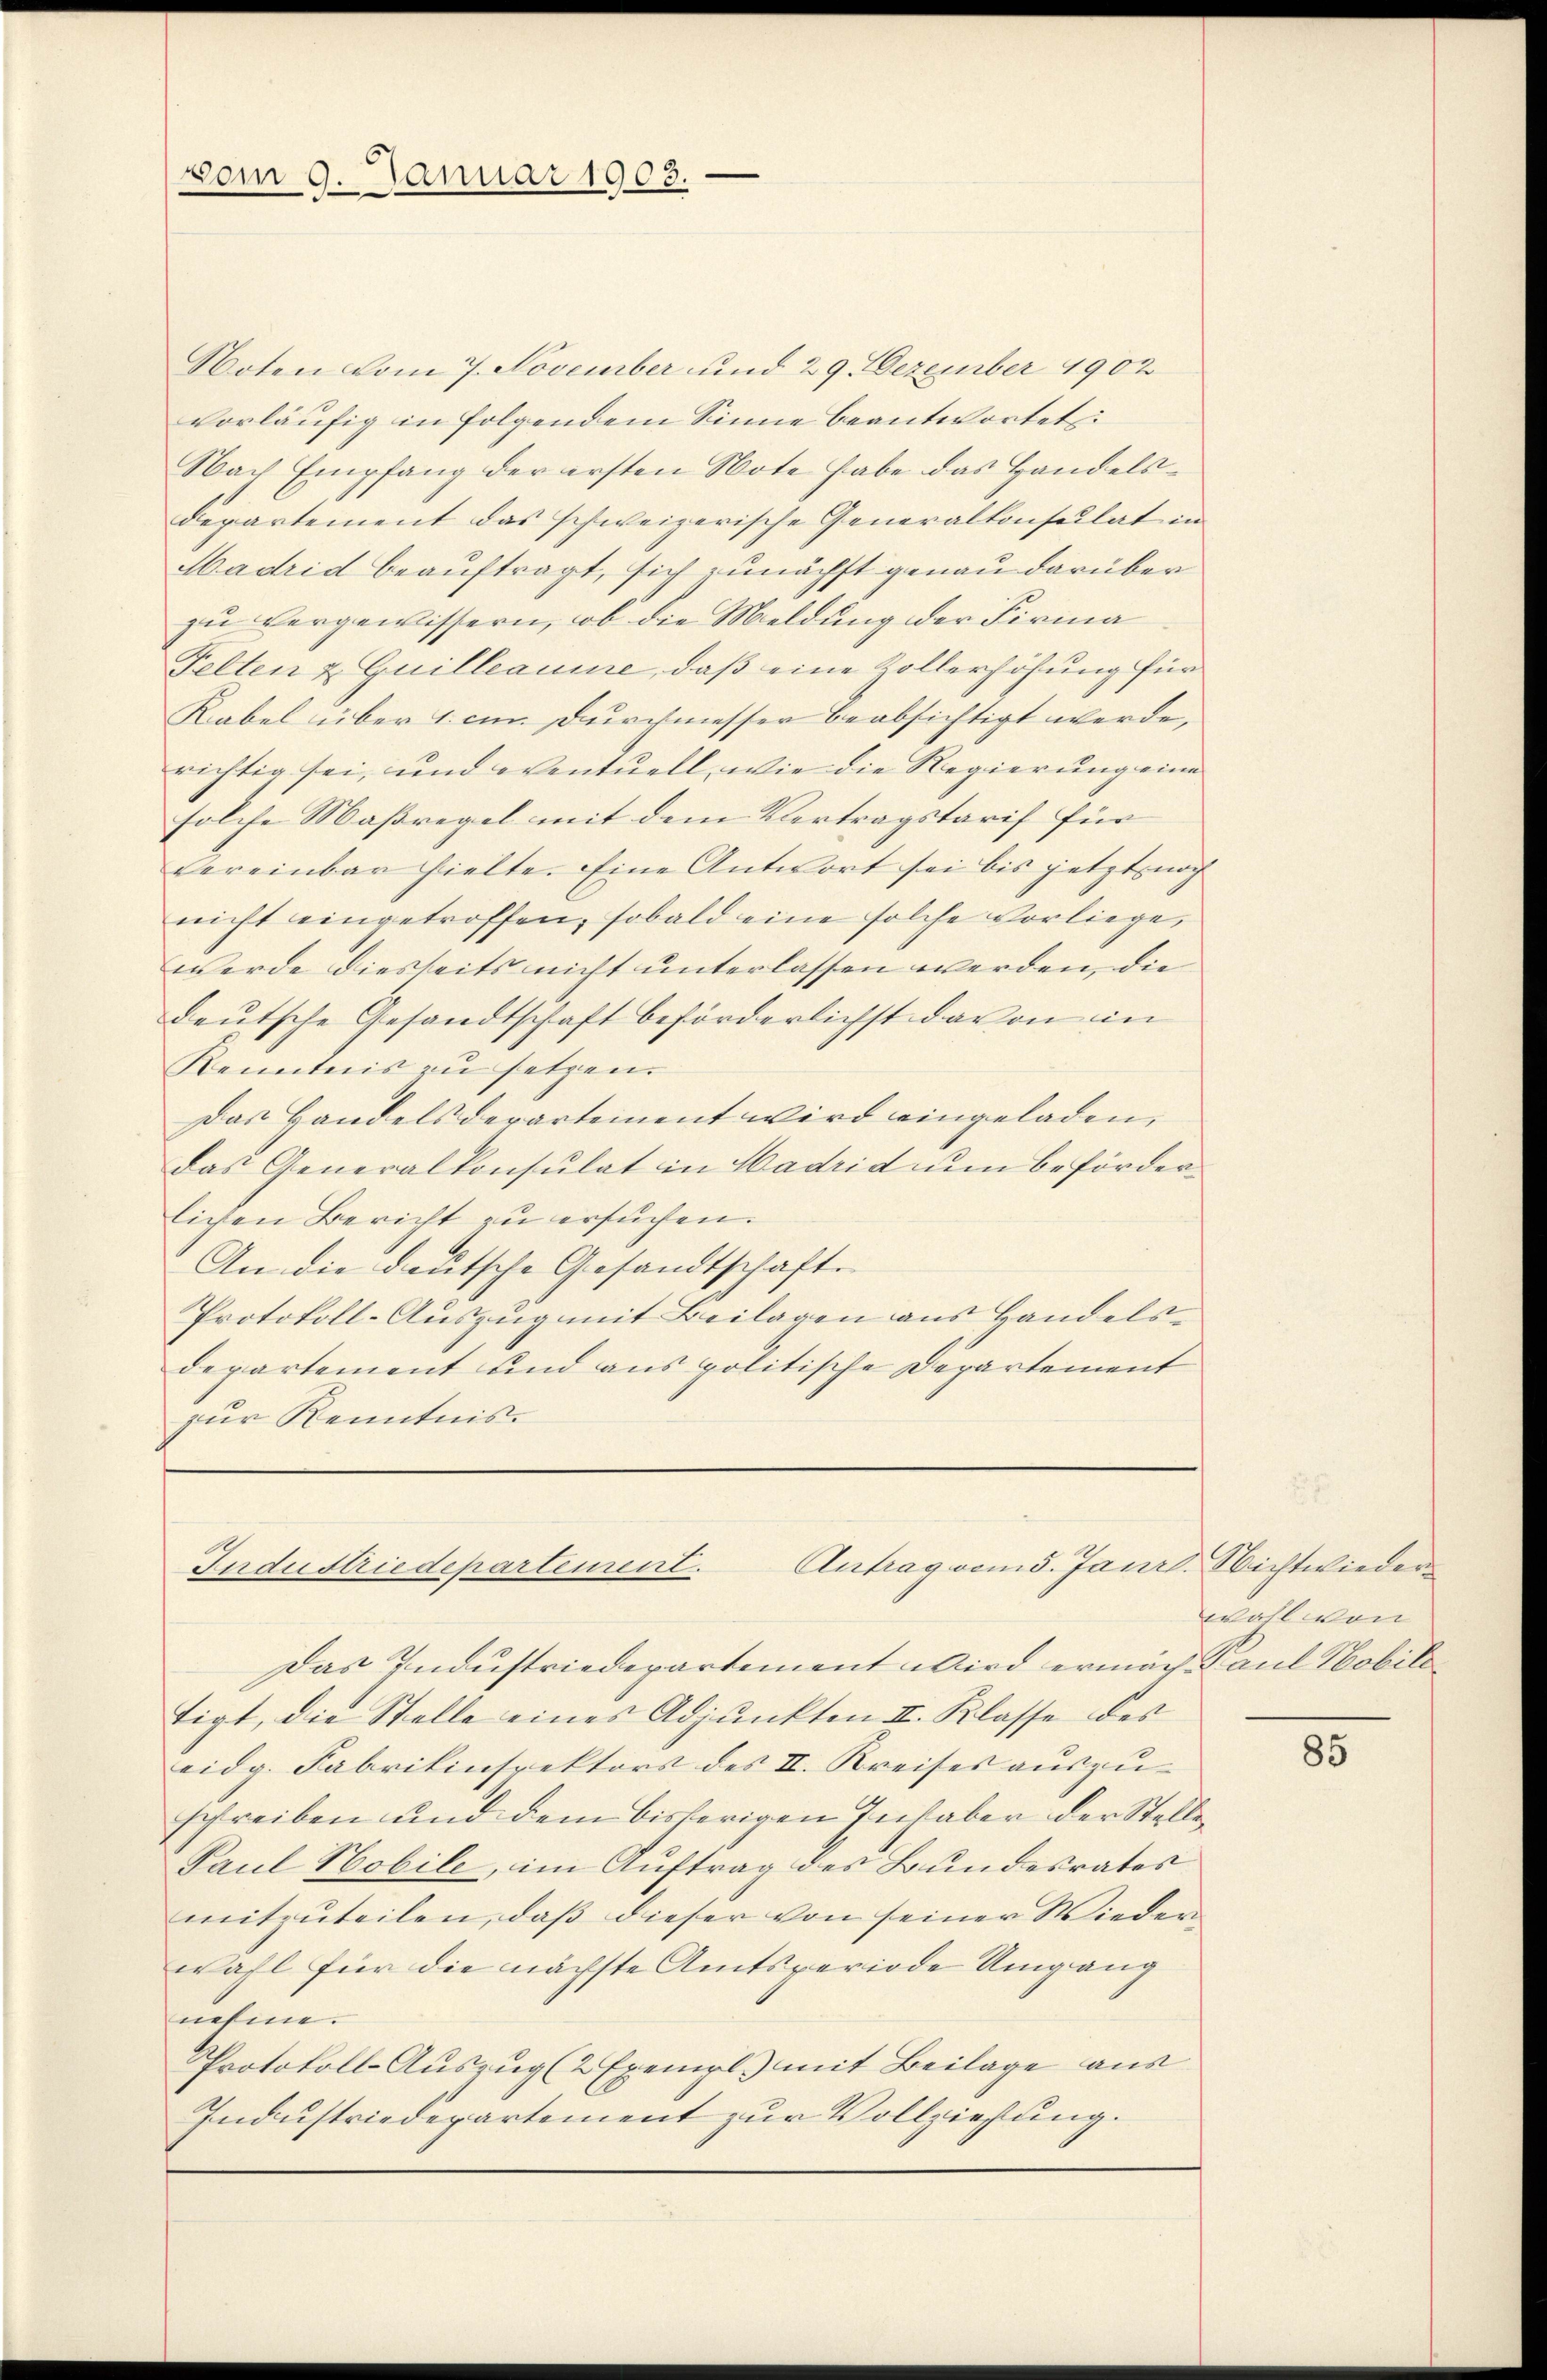
vom 9. Januar 1903.

Noten vom 7. November und 29. Dezember 1902
vorläufig in folgendem Sinne beantwortet:
Nach Empfang der ersten Note habe das Handelsdepartement das schweizerische Generalkonsultat in
Hadrid beauftragt, sich zunächst genau darüber
zu vergewissern, ob die Meldung der Firma
Felten & Guilleaume, daß eine Zollerhöhung für
Kabel über 1. cm Durchmesser beabsichtigt werde,
richtig sei, und eventuell, wie die Regierung eine
solche Maßregel mit dem Vertragstarif für
vereinbar hielte. Eine Antwort sei bis jetzt noch
nicht eingetroffen, sobald eine solche vorliege
werde diesseits nicht unterlassen werden, die
deutsche Gesandtschaft beförderlichst davon in
Kenntnis zu setzen.
Das Handels derartement wird eingeladen,
das Generalkonsulat in Hadrid um beförderlichen Bericht zu ersuchen.
An die deutsche Gesandtschaft.
Protokoll-Auszug mit Beilagen aus Handelsdepartement und aus politische Departement
zur Kenntnis.

Antragend. Janr.
Industriedepartement.

Das Industriedepartement wird ermach Paul Hobili
tigt, die Stelle eines Adjunkten II. Klasse des
eidg. Fabrikinspektors des II. Kreises aŭszŭ-
schreiben und dem bisherigen Inhaber der Stelle
Paul Hobile, im Auftrag des Bundesrates
mitzuteilen, daß dieser von seiner Wieder
wahl für die nächste Amtsperiode Umgang
nehme.
Protokoll-Auszug (2 Exempl.) mit Beilage aus
Industriedepartement zur Vollziehung.

2. Nichtwieder
wahl von

85